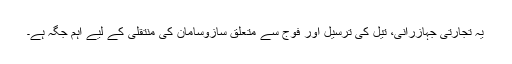
یہ تجارتی جہازرانی، تیل کی ترسیل اور فوج سے متعلق سازوسامان کی منتقلی کے لیے اہم جگہ ہے۔